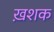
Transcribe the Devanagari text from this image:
ख़शक